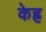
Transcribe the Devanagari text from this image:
केह्र